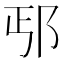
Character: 𰻢